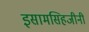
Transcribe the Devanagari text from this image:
इसामसिहजीनी